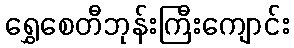
ရွှေစေတီဘုန်းကြီးကျောင်း